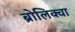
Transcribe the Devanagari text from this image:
ब्रोलिक्वा